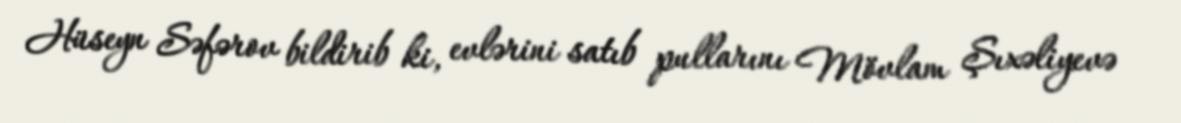
Hüseyn Səfərov bildirib ki, evlərini satıb pullarını Mövlam Şıxəliyevə